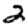
Digit: 2